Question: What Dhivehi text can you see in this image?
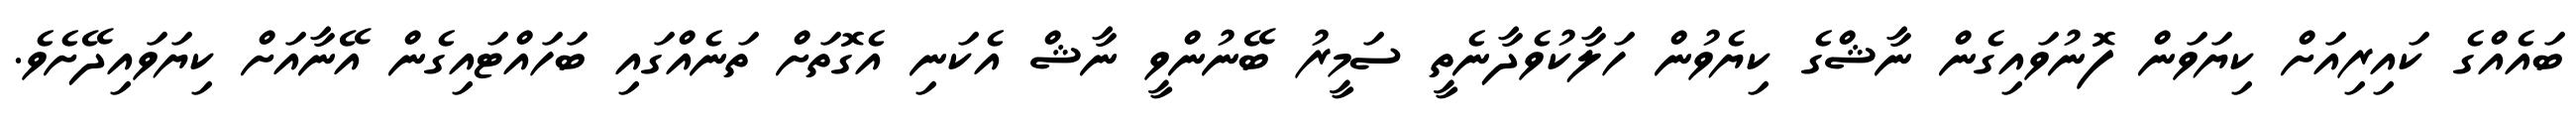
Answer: ބައެއްގެ ކައިރިއަށް ކިޔަވަން ފޮނުވައިގެން ނާޝްގެ ކިޔެވުން ހަލާކުވެދާނެތީ ސަމީރު ބޭނުންވީ ނާޝް އެކަނި އެގޮތަށް ތަނެއްގައި ބަހައްޓައިގެން އޭނާއަށް ކިޔަވައިދޭށެވެ.